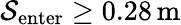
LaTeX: \mathcal{S}_{\mathrm{{enter}}}\ge0.28\, \mathrm{{m}}